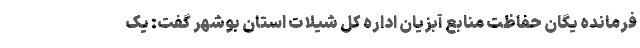
فرمانده یگان حفاظت منابع آبزیان اداره کل شیلات استان بوشهر گفت: یک